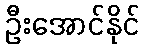
ဦးအောင်နိုင်